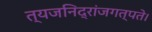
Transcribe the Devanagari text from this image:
त्यजनिद्रांजगत्पते।